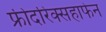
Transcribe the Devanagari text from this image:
फ्रीदरिक्सहाफेन